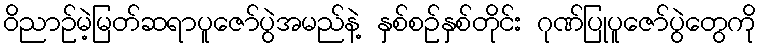
ဝိညာဉ်မဲ့မြတ်ဆရာပူဇော်ပွဲအမည်နဲ့ နှစ်စဉ်နှစ်တိုင်း ဂုဏ်ပြုပူဇော်ပွဲတွေကို